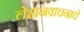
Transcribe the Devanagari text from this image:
लेखनवाचनाचे